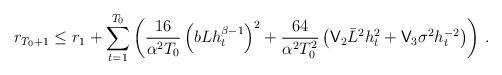
LaTeX: \begin{align*} r_{T_0+1}\leq r_1 + \sum_{t=1}^{T_0}\left(\frac{16}{ \alpha^2T_0}\left(bLh_t^{\beta-1}\right)^2 + \frac{64}{\alpha^2 T_0^2}\left({\sf V}_2\bar{L}^2h_t^{2} + {\sf V}_3\sigma^2h_t^{-2}\right)\right)\,.\end{align*}